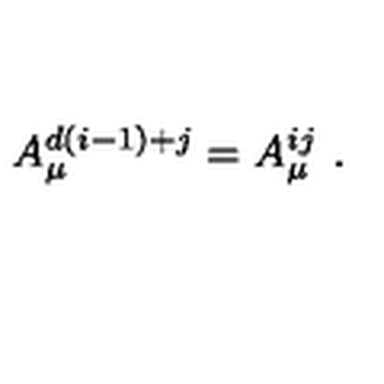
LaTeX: A _ { \mu } ^ { d ( i - 1 ) + j } = A _ { \mu } ^ { i j } \ .